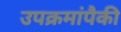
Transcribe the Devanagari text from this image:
उपक्रमांपैकी